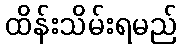
ထိန်းသိမ်းရမည်